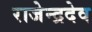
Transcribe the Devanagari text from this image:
राजेन्द्रदेव